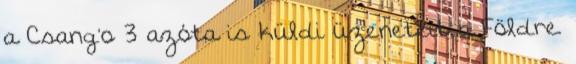
a Csang'o 3 azóta is küldi üzeneteit a Földre.